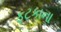
ફટકાના